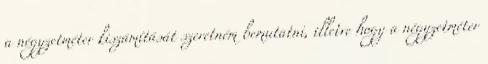
a négyzetméter kiszámítását szeretném bemutatni, illetve hogy a négyzetméter